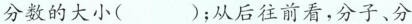
现分数的大小( )；从后往前看，分子、分